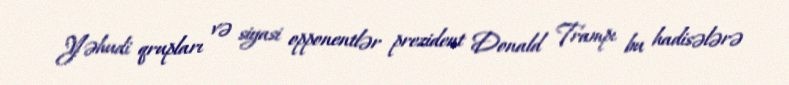
Yəhudi qrupları və siyasi opponentlər prezident Donald Trampı bu hadisələrə